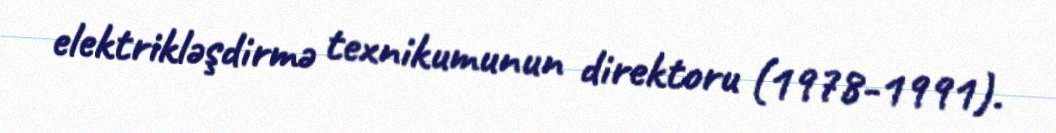
elektrikləşdirmə texnikumunun direktoru (1978-1991).